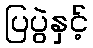
ပြပွဲနှင့်